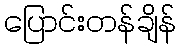
ပြောင်းတန်ချိန်